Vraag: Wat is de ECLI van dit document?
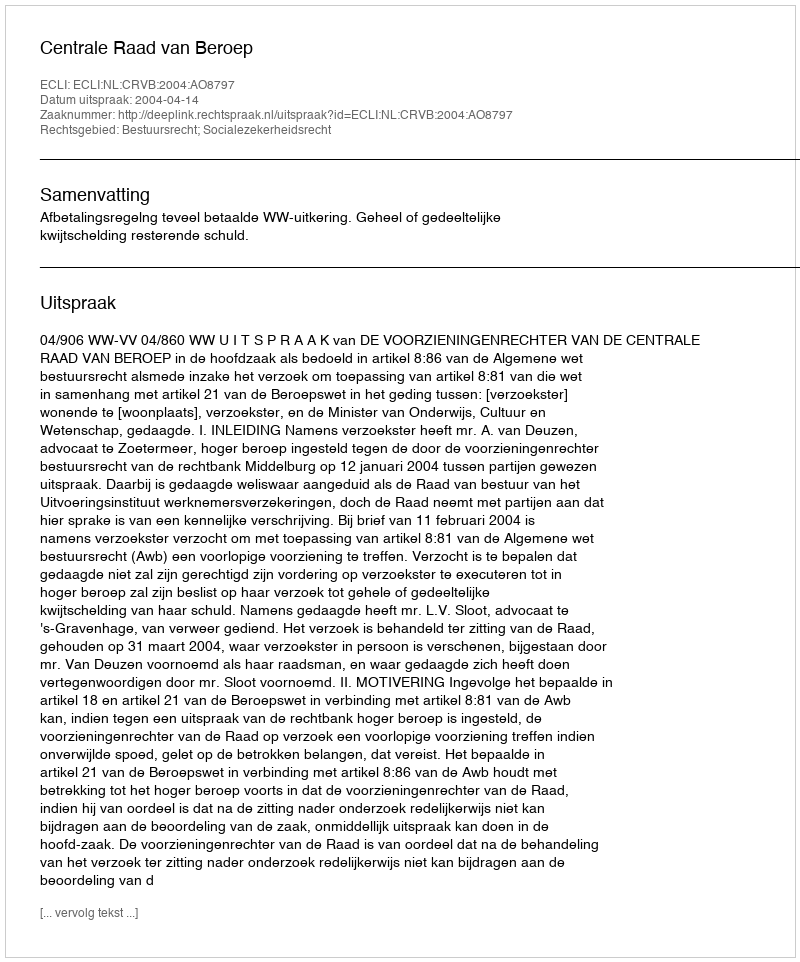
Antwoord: ECLI:NL:CRVB:2004:AO8797